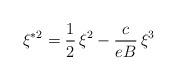
LaTeX: \begin{align*}\xi ^{\ast 2}=\frac{1}{2}\,\xi ^{2}-\frac{c}{eB}\,\xi ^{3} \end{align*}